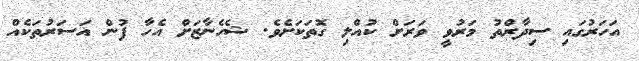
އަހަރުގައި ސިދާރްތު މަރުވީ ވަރަށް ކުއްލި ގޮތަކަށެވެ. ޝެހެނާޒަށް އެހާ ފުން އަސަރުތަކެއް